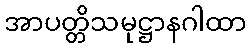
အာပတ္တိသမုဋ္ဌာနဂါထာ